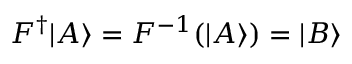
F ^ { \dagger } | A \rangle = F ^ { - 1 } ( | A \rangle ) = | B \rangle